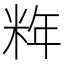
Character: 𰪹